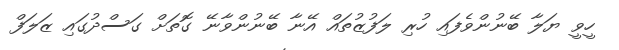
ހީވީ ޔަލާ ބޭނުންވެފައި ހުރި ލަފުޒުތައް އޭނާ ބޭނުންވާނޭ ގޮތަށް ގަސްދުގައި ޒަލަފް